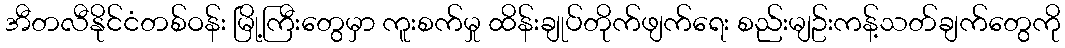
အီတလီနိုင်ငံတစ်ဝန်း မြို့ကြီးတွေမှာ ကူးစက်မှု ထိန်းချုပ်တိုက်ဖျက်ရေး စည်းမျဥ်းကန့်သတ်ချက်တွေကို